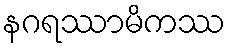
နဂရဿာမိကဿ